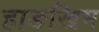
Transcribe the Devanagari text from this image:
हाङखिम